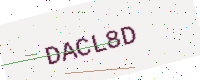
Text: DACL8D